Civil Veterinary Department. Madras. Admin. report 1910-25 - 1910-1925
Year: 1910
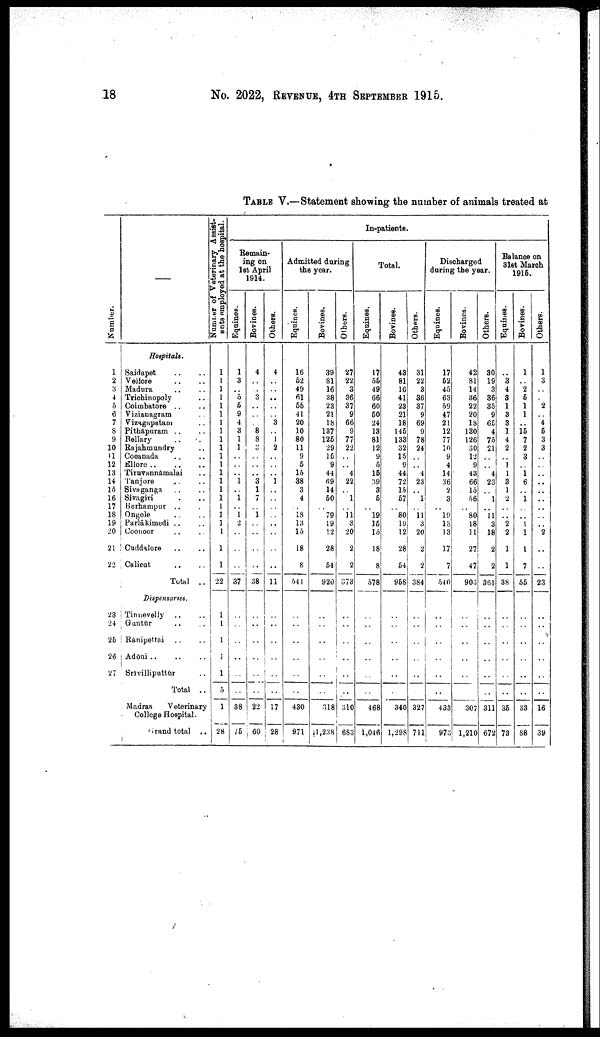
18
No. 2022, REVENUE, 4TH SEPTEMBER 1915.
TABLE V.—Statement showing the number of animals treated at
Numbe r
.
1
2
3
4
5
6
7
8
9
10
11
12
13
14
15
16
17
18
19
20
21
22
23
24
25
26
27
Hospitals.
Saidapet .. ..
Vellore .. ..
Madura .. ..
Trichinopoly ..
Coimbatore .. ..
Vizianagram
..
Vizagapatam ..
Pithapuram .. ..
Bellary .. ..
Rajahmundry ..
Cocanada .. ..
Ellore
..
..
..
Tiruvannāmalai ..
Tanjore .. ..
Sivaganga .. ..
Sivagiri . ..
Berhampur .. .
Ongole .. ..
Parlākimedi .. ..
Coonoor .. ..
Cuddalore .. ..
Calicut .. ..
Total ..
Dispensaries.
Tinnevelly .. ..
Guntūr .. ..
Rānipettai .. ..
Adōni .. .. ..
Srīvilliputtūr ..
Total ..
Madras
Veterinary
College Hospital.
Grand
total ..
Number of Veterinary Assist
ants employed at the hospital.
1
1
1
1
1
1
1
1
1
1
1
1
1
1
1
1
1
1
1
1
1
1
22
1
1
1
1
1
5
1
28
In-patients.
Remain
ing on
1st April
1914.
Equines.
1
3
..
5
5
9
4
3
1
1
..
..
..
1
..
1
..
1
2
..
..
..
37
..
..
..
..
..
..
38
75
Bovines.
4
..
..
3
..
..
..
8
8
3
..
..
..
3
1
7
..
1
..
..
..
..
38
..
..
..
..
..
..
22
60
Others.
4
..
..
..
..
..
3
..
1
2
..
..
..
1
..
..
..
..
..
..
..
..
11
..
..
..
..
..
..
17
28
Admitted during
the year.
Equines.
16
52
49
61
55
41
20
10
80
11
9
5
15
38
3
4
..
18
13
15
18
8
541
..
..
..
..
..
..
430
971
Bovines.
39
81
16
38
23
21
18
137
125
29
15
9
44
69
14
50
..
79
19
12
28
54
920
..
..
..
..
..
..
318
61,238
Others.
27
22
3
36
37
9
66
9
77
22
..
..
4
22
..
1
..
11
3
20
2
2
373
..
..
..
..
..
..
310
683
Total.
Equines.
17
55
49
66
60
50
24
13
81
12
9
5
15
39
3
5
..
19
15
15
18
8
578
..
..
..
..
..
..
468
1,046
Bovines.
43
81
16
41
23
21
18
145
133
32
15
9
44
72
15
57
..
80
19
12
28
54
958
..
..
..
..
..
..
340
1,298
Others.
31
22
3
36
37
9
69
9
78
24
..
..
4
23
1
..
11
3
20
2
2
384
..
..
..
..
..
..
327
711
Discharged
during the year.
Equines.
17
52
45
63
59
47
21
12
77
10
9
4
14
36
2
3
..
19
13
13
17
7
540
..
..
..
..
..
..
433
973
Bovines.
42
81
14
36
22
20
18
130
126
30
12
9
43
66
15
56
..
80
18
11
27
47
903
..
..
..
..
..
..
307
1,210
Others.
30
19
3
36
35
9
65
4
75
21
..
..
4
23
..
1
..
11
3
18
2
2
361
..
..
..
..
..
..
311
672
Balance on
31st March
1915.
Equines.
..
3
4
3
1
3
3
1
4
2
..
1
1
3
1
2
..
..
2
2
1
1
38
..
..
..
..
..
..
35
73
Bovines.
1
..
2
5
1
1
..
15
7
2
3
..
1
6
1
..
..
1
1
1
7
55
..
..
..
..
..
..
33
88
Others.
1
3
..
..
2
..
4
5
3
3
..
..
..
..
..
..
..
..
2
..
..
23
..
..
..
..
..
..
16
39